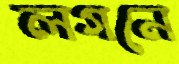
লগনে